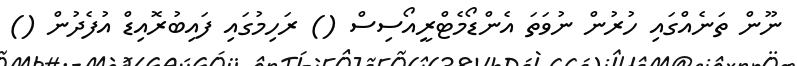
ނޫން ތަނެއްގައި ހުރުން ނުވަތަ އެންޑޯމެޓްރީއޯސިސް () ރަހިމުގައި ފައިބުރޮއިޑް އުފެދުން ()